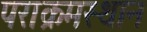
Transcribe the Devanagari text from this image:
पराक्रमस्थान